Civil Veterinary Department. Madras. Admin. report 1910-25 - 1910-1925
Year: 1910
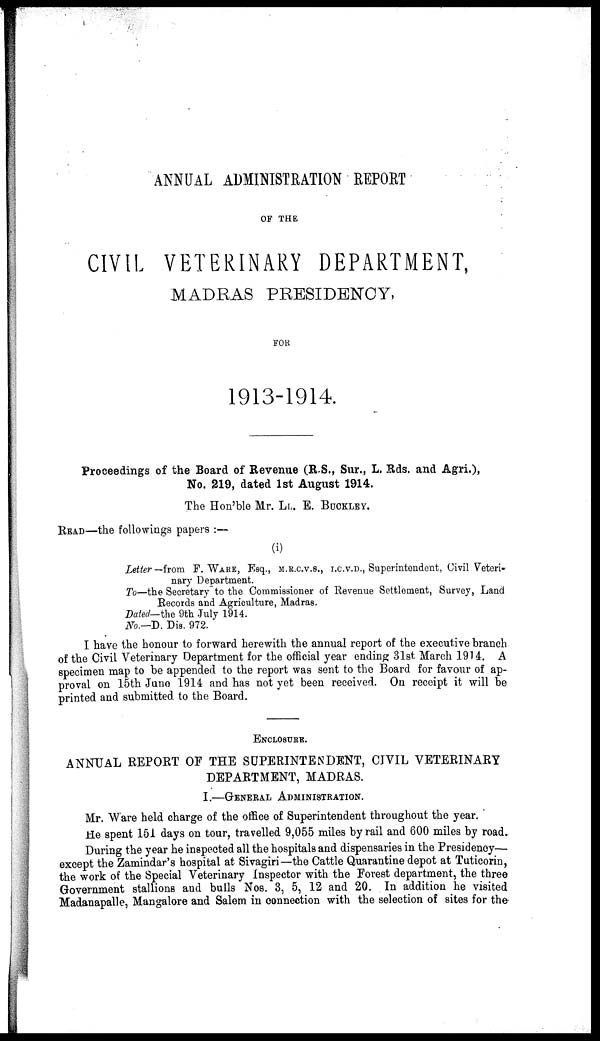
ANNUAL ADMINISTRATION REPORT
OF THE
CIVIL VETERINARY DEPARTMENT,
MADRAS PRESIDENCY,
FOR
1913-1914.
Proceedings of the Board of Revenue (R.S., Sur., L. Rds. and Agri.),
No. 219, dated 1st August 1914.
The Hon'ble Mr. LL. E. BUCKLEY.
READ—the followings papers :—
(i)
Letter— from F.WARE, Esq., M.R.C.V.S., I.C.V.D., Superintendent, Civil Veteri-
nary Department.
To—the Secretary to the Commissioner of Revenue Settlement, Survey, Land
Records and Agriculture, Madras.
Dated— the 9th July 1914.
No.—D. Dis. 972.
I have the honour to forward herewith the annual report of the executive branch
of the Civil Veterinary Department for the official year ending 31st March 1914. A
specimen map to be appended to the report was sent to the Board for favour of ap-
proval on 15th June 1914 and has not yet been received. On receipt it will be
printed and submitted to the Board.
ENCLOSURE.
ANNUAL REPORT OF THE SUPERINTENDENT, CIVIL VETERINARY
DEPARTMENT, MADRAS.
I.—GENERAL ADMINISTRATION.
Mr. Ware held charge of the office of Superintendent throughout the year.
He spent 151 days on tour, travelled 9,055 miles by rail and 600 miles by road.
During the year he inspected all the hospitals and dispensaries in the Presidency—
except the Zamindar's hospital at Sivagiri—the Cattle Quarantine depot at Tuticorin,
the work of the Special Veterinary Inspector with the Forest department, the three
Government stallions and bulls Nos. 3, 5, 12 and 20. In addition he visited
Madanapalle, Mangalore and Salem in connection with the selection of sites for the